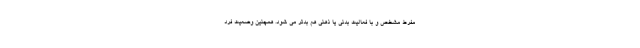
مفرط مشخص و با فعالیت بدنی یا ذهنی هم بدتر می شود. همچنین وضعیت فرد